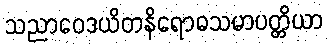
သညာဝေဒယိတနိရောဓသမာပတ္တိယာ